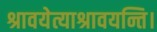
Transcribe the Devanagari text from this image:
श्रावयेत्याश्रावयन्ति।